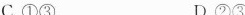
C.①③ D.②③